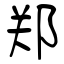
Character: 郑